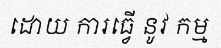
ដោយ ការធ្វើ នូវ កម្ម